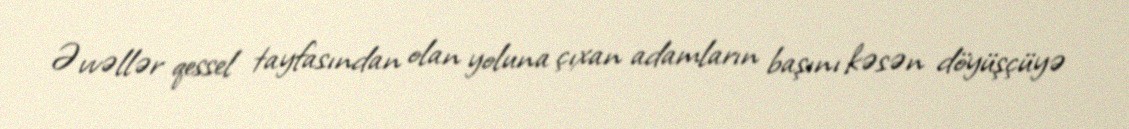
Əvvəllər qessel tayfasından olan yoluna çıxan adamların başını kəsən döyüşçüyə